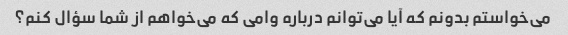
می‌خواستم بدونم که آیا می‌توانم درباره وامی که می‌خواهم از شما سؤال کنم؟